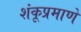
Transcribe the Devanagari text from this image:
शंकूप्रमाणे